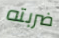
ضربته